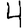
Digit: 4